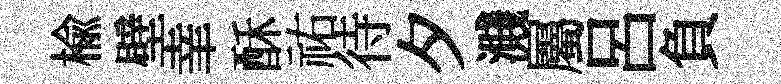
榆壁𦍒酥祐待夕濺屬呂負